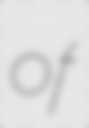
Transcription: of